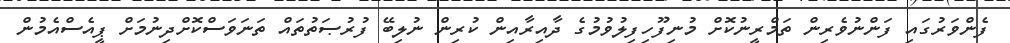
ފެންވަރުގައި ފަންނުވެރިން ތަމްރީނުކޮށް މުނިފޫހިފިލުވުމުގެ ދާއިރާއިން ކުރިން ނުލިބޭ ފުރުޞަތުތައް ތަނަވަސްކޮށްދިނުމަށް ޕީއެސްއެމުން